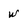
Character: w